Plague in India, 1896, 1897 - Volume 2
Year: 1896
Disease focus: Plague
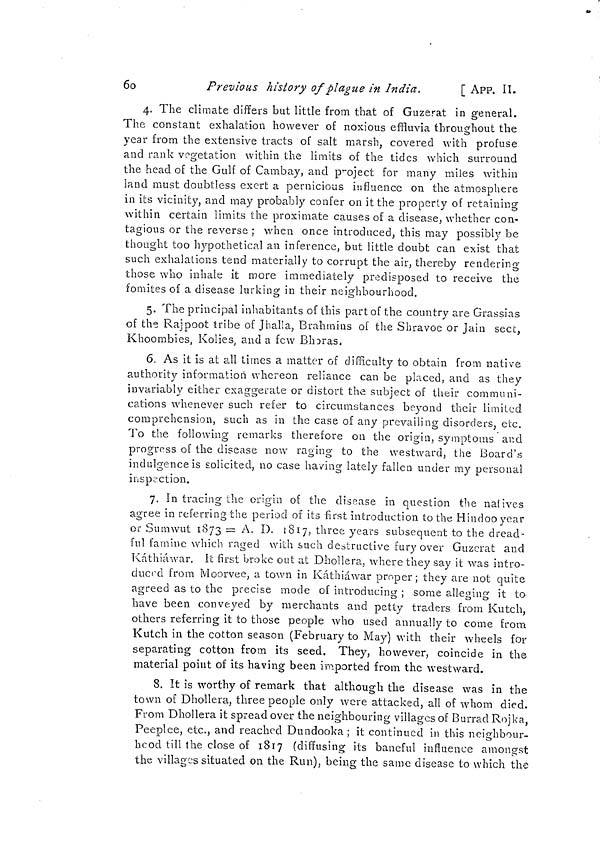
6o
Previous history of plague in India,
[ APP. IÎ.
4. The climate differs but little from that of Guzerat in general.
The constant exhalation however of noxious effluvia throughout the
year from the extensive tracts of salt marsh, covered with profuse
and rank vegetation within the limits of the tides which surround
the head of the Gulf of Cambay, and project for many miles within
land must doubtless exert a pernicious influence on the atmosphere
in its vicinity, and may probably confer on it the properly of retaining
within certain limits the proximate causes of a disease, whether con-
tagious or the reverse ; when once introduced, this may possibly be
thought too hypothetical an inference, but little doubt can exist that
such exhalations tend materially to corrupt the air, thereby rendering
those who inhale it more immediately predisposed to receive the
fomites of a disease lurking in their neighbourhood.
5. The principal inhabitants of this part of the country are Grassias
of the Rajpoot tribe of Jhalla, Brahmins of the Shravoe or Jain sect,
Khoombies, Kolies, and a few Bhoras,
6. As it is at all times a matter of difficulty to obtain from native
authority information whereon reliance can be placed, and as they
invariably either exaggerate or distort the subject of their communi-
cations whenever such refer to circumstances beyond their limited
comprehension, such as in the case of any prevailing disorders, etc.
To the following remarks therefore on the origin, symptoms and
progress of the disease now raging to the westward, the Board's
indulgence is solicited, no case having lately fallen under my personal
inspection.
7. In tracing the origin of the disease in question the natives
agree in referring the period of its first introduction to the Hindoo year
or Sumwut 1873 = A. D. 1817, three years subsequent to the dread-
ful famine which raged with such destructive fury over Guzerat and
Káthiáwar. It first broke out at Dhollera, where they say it was intro-
duced from Moorvee, a town in Káthiáwar proper; they are not quite
agreed as to the precise mode of introducing ; some alleging it to
have been conveyed by merchants and petty traders from Kutch,
others referring it to those people who used annually to come from
Kutch in the cotton season (February to May) with their wheels for
separating cotton from its seed. They, however, coincide in the
material point of its having been imported from the westward.
8. It is worthy of remark that although the disease was in the
town of Dhollera, three people only were attacked, all of whom died,
From Dhollera it spread over the neighbouring villages of Burrad Rojka
Peeplce, etc., and reached Dundooka ; it continued in this neighbour-
hood till the close of 1817 (diffusing its baneful influence amongst
the village's situated on the Run), being the same disease to which the